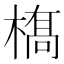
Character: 𫞏